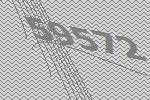
59572